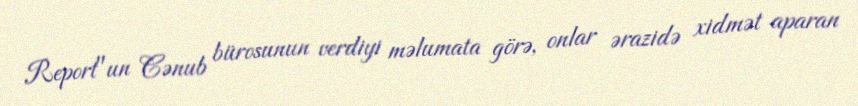
Report"un Cənub bürosunun verdiyi məlumata görə, onlar ərazidə xidmət aparan